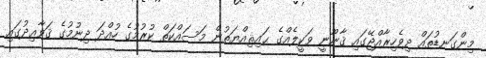
މިންގަނޑުތައް ދިވެހިރާއްޖޭގައި ޤާނޫނީ ވަކީލެއްގެ ޙައިޘިއްޔަތުން މަސައްކަތް ކުރުމުގެ ހުއްދަ ދިނުމުގެ ޤަވާޢިދުގައި